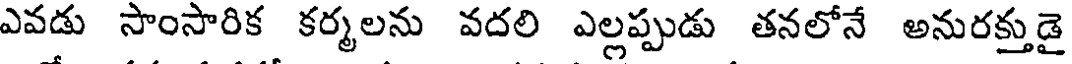
ఎవడు సాంసారిక కర్మలను వదలి ఎల్లప్పుడు తనలోనే అనురక్తుడై